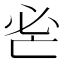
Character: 𢗺